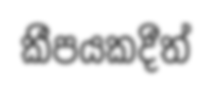
කීපයකදීත්